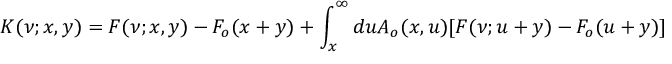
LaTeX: K ( \nu ; x , y ) = F ( \nu ; x , y ) - F _ { o } ( x + y ) + \int _ { x } ^ { \infty } d u A _ { o } ( x , u ) [ F ( \nu ; u + y ) - F _ { o } ( u + y ) ]